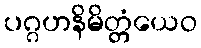
ပဂ္ဂဟနိမိတ္တံယေဝ